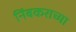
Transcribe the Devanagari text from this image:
निंबकराच्या